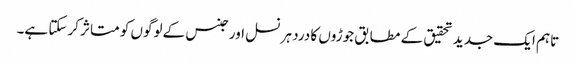
تاہم ایک جدید تحقیق کے مطابق جوڑوں کا درد ہر نسل اور جنس کے لوگوں کو متاثر کرسکتا ہے۔